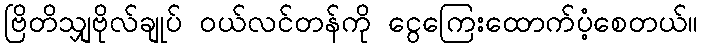
ဗြိတိသျှဗိုလ်ချုပ် ဝယ်လင်တန်ကို ငွေကြေးထောက်ပံ့စေတယ်။